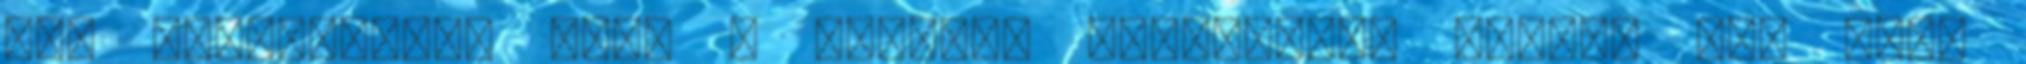
el, figyelemmel arra a szintén elhangzott tényre is, hogy